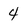
Character: 4